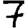
Digit: 7